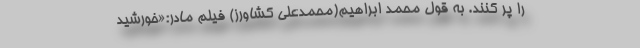
را پر کنند. به قول محمد ابراهیم(محمدعلی کشاورز) فیلم مادر:«خورشيد